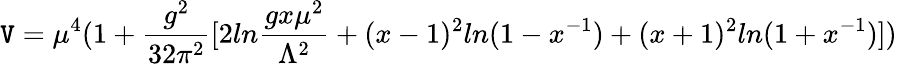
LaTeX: \mathtt{V}=\mu^{4}(1+{\frac{{g^{2}}}{{32\pi^{2}}}}[2ln{\frac{{gx\mu^{2}}}{{\Lambda^{2}}}}+(x-1)^{2}ln(1-x^{-1})+(x+1)^{2}ln(1+x^{-1})])